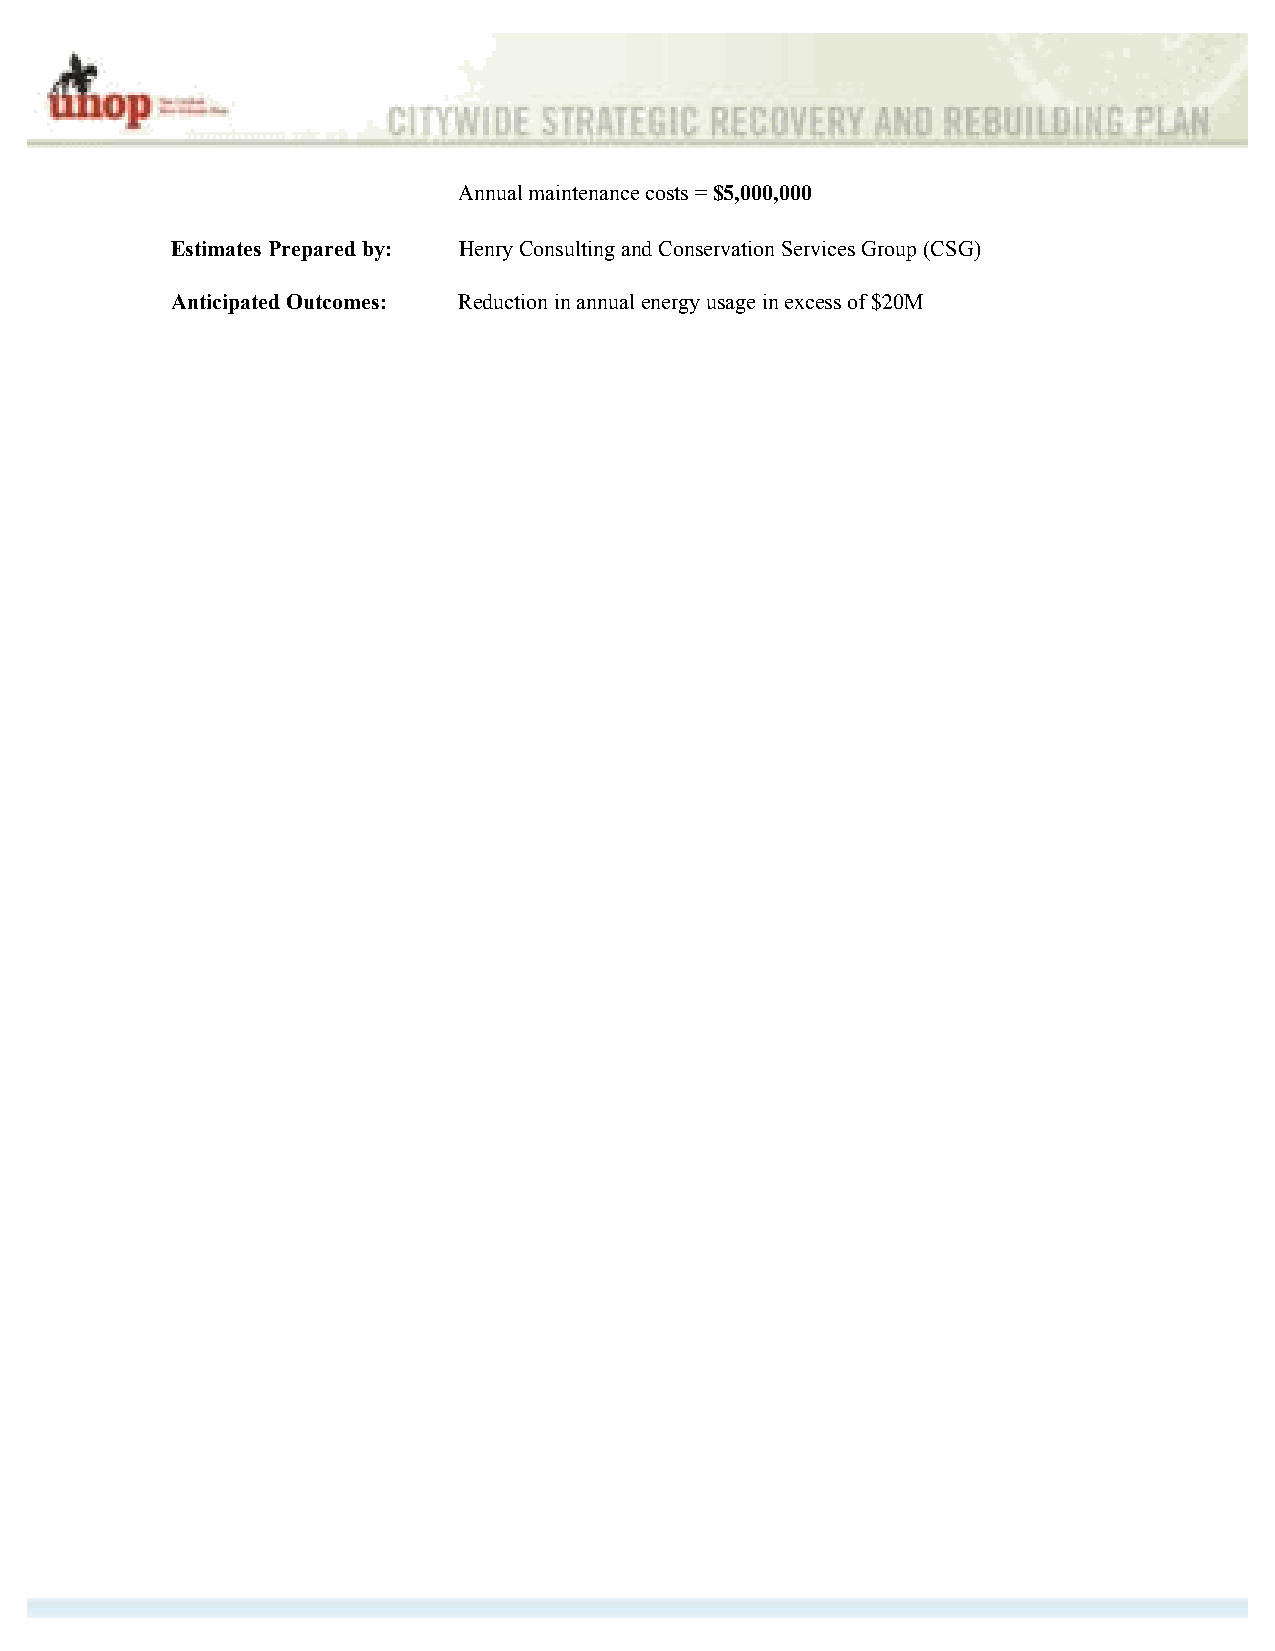
Annual maintenance costs = $5,000,000
 Estimates Prepared by: Henry Consulting and Conservation Services Group (CSG)
 Anticipated Outcomes: Reduction in annual energy usage in excess of $20M